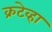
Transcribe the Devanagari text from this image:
क्रटेव्हा